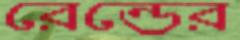
রেন্ডের